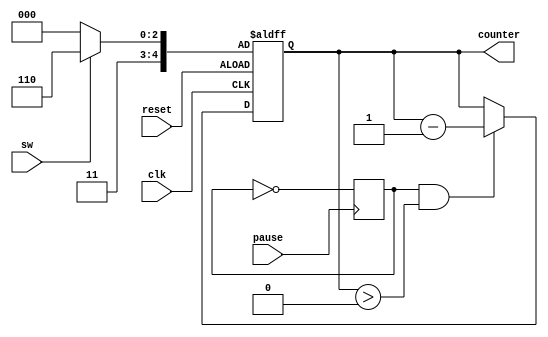
module countdown(clk, counter, sw, reset, pause);

// Will count down form the current max value based on sw 
// and either reset if the reset button is pushed or
// will pause or continue from pressing the pause button

	 input clk;
	 input sw;
	 input reset;
	 input pause;
	 
	 reg enable = 1;
	 reg [4 : 0] max;
	 
	 
	 output reg [4 : 0] counter;
	 
	 initial
		begin
			counter <= 5'd24;
		end
	 always @(*)
		begin	
			max <= (~sw) ? 24 : 30;
		end
	 
	 always @(negedge pause)
		begin
			if (~pause)
				begin
					enable <= ~enable;
				end
		end
    always @(posedge clk or negedge reset)         
		begin
			if(~reset)
				begin
					counter <= max;
				end
			else if(enable & counter > 0)
				begin
					begin
						counter <= counter - 1; 
					end    
				end
		end 
    	 
endmodule